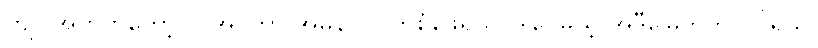
ကျုပ်အတွက်တော့ လိုအပ်တာ အမှန်ပါပဲ ကိုစံဖေရယ်၊ ဒါပေမယ့် အဲဒီမြေကွက်လပ်ရယ်၊